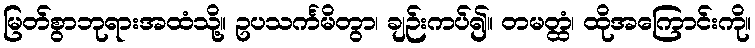
မြတ်စွာဘုရားအထံသို့။ ဥပသင်္ကမိတွာ၊ ချဉ်းကပ်၍။ တမတ္ထံ၊ ထိုအကြောင်းကို။